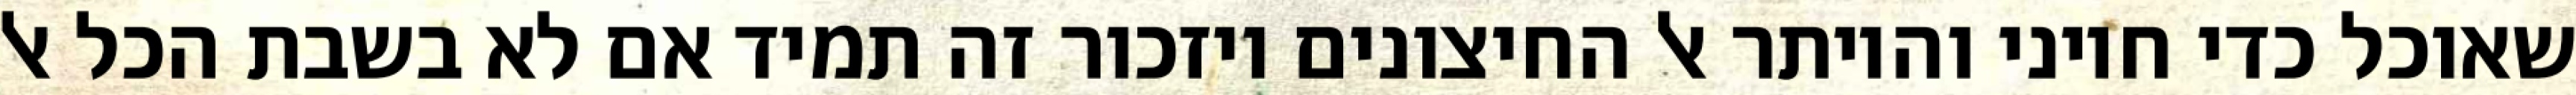
שאוכל כדי חיוני והיותר אל החיצונים ויזכור זה תמיד אם לא בשבת הכל אל